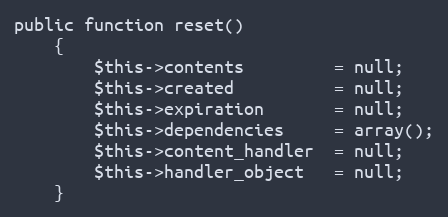
Language: PHP
public function reset()
	{
		$this->contents			= null;
		$this->created			= null;
		$this->expiration		= null;
		$this->dependencies		= array();
		$this->content_handler	= null;
		$this->handler_object	= null;
	}